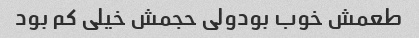
طعمش خوب بودولی حجمش خیلی کم بود